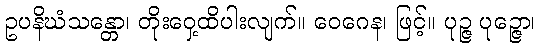
ဥပနိဃံသန္တော၊ တိုးဝှေ့ထိပါးလျက်။ ဝေဂေန၊ ဖြင့်။ ပုဉ္ဇ ပုဉ္ဇော၊